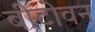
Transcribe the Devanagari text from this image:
बीटोवन